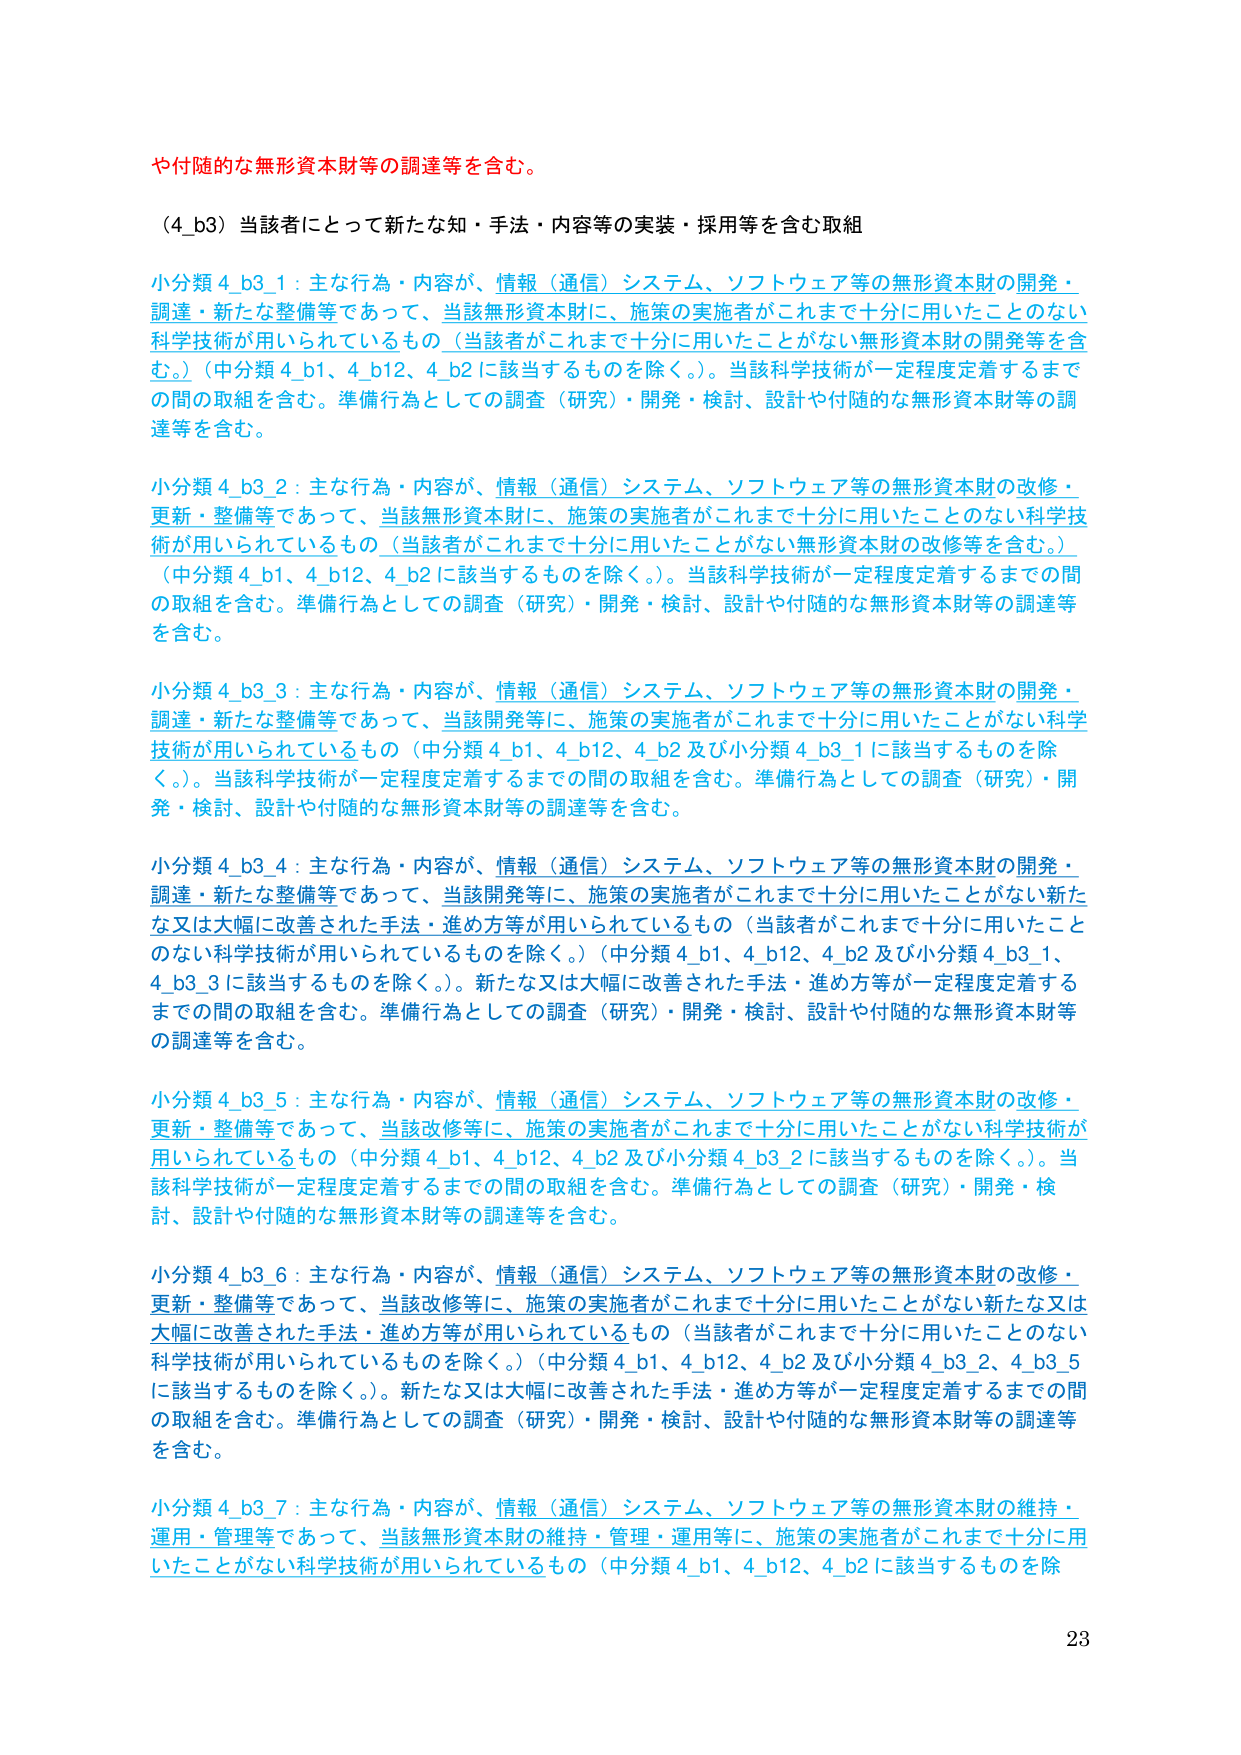
や付随的な無形資本財等の調達等を含む。

（4_b3）当該者にとって新たな知・手法・内容等の実装・採用等を含む取組

小分類 4_b3_1：主な行為・内容が、情報（通信）システム、ソフトウェア等の無形資本財の開発・調達・新たな整備等であって、当該無形資本財に、施策の実施者がこれまで十分に用いたことのない科学技術が用いられているもの（当該者がこれまで十分に用いたことがない無形資本財の開発等を含む。）（中分類 4_b1、4_b12、4_b2 に該当するものを除く。）。当該科学技術が一定程度定着するまでの間の取組を含む。準備行為としての調査（研究）・開発・検討、設計や付随的な無形資本財等の調達等を含む。

小分類 4_b3_2：主な行為・内容が、情報（通信）システム、ソフトウェア等の無形資本財の改修・更新・整備等であって、当該無形資本財に、施策の実施者がこれまで十分に用いたことのない科学技術が用いられているもの（当該者がこれまで十分に用いたことがない無形資本財の改修等を含む。）（中分類 4_b1、4_b12、4_b2 に該当するものを除く。）。当該科学技術が一定程度定着するまでの間の取組を含む。準備行為としての調査（研究）・開発・検討、設計や付随的な無形資本財等の調達等を含む。

小分類 4_b3_3：主な行為・内容が、情報（通信）システム、ソフトウェア等の無形資本財の開発・調達・新たな整備等であって、当該開発等に、施策の実施者がこれまで十分に用いたことがない科学技術が用いられているもの（中分類 4_b1、4_b12、4_b2 及び小分類 4_b3_1 に該当するものを除く。）。当該科学技術が一定程度定着するまでの間の取組を含む。準備行為としての調査（研究）・開発・検討、設計や付随的な無形資本財等の調達等を含む。

小分類 4_b3_4：主な行為・内容が、情報（通信）システム、ソフトウェア等の無形資本財の開発・調達・新たな整備等であって、当該開発等に、施策の実施者がこれまで十分に用いたことがない新たな又は大幅に改善された手法・進め方等が用いられているもの（当該者がこれまで十分に用いたことのない科学技術が用いられているものを除く。）（中分類 4_b1、4_b12、4_b2 及び小分類 4_b3_1、4_b3_3 に該当するものを除く。）。新たな又は大幅に改善された手法・進め方等が一定程度定着するまでの間の取組を含む。準備行為としての調査（研究）・開発・検討、設計や付随的な無形資本財等の調達等を含む。

小分類 4_b3_5：主な行為・内容が、情報（通信）システム、ソフトウェア等の無形資本財の改修・更新・整備等であって、当該改修等に、施策の実施者がこれまで十分に用いたことがない科学技術が用いられているもの（中分類 4_b1、4_b12、4_b2 及び小分類 4_b3_2 に該当するものを除く。）。当該科学技術が一定程度定着するまでの間の取組を含む。準備行為としての調査（研究）・開発・検討、設計や付随的な無形資本財等の調達等を含む。

小分類 4_b3_6：主な行為・内容が、情報（通信）システム、ソフトウェア等の無形資本財の改修・更新・整備等であって、当該改修等に、施策の実施者がこれまで十分に用いたことがない新たな又は大幅に改善された手法・進め方等が用いられているもの（当該者がこれまで十分に用いたことのない科学技術が用いられているものを除く。）（中分類 4_b1、4_b12、4_b2 及び小分類 4_b3_2、4_b3_5 に該当するものを除く。）。新たな又は大幅に改善された手法・進め方等が一定程度定着するまでの間の取組を含む。準備行為としての調査（研究）・開発・検討、設計や付随的な無形資本財等の調達等を含む。

小分類 4_b3_7：主な行為・内容が、情報（通信）システム、ソフトウェア等の無形資本財の維持・運用・管理等であって、当該無形資本財の維持・管理・運用等に、施策の実施者がこれまで十分に用いたことがない科学技術が用いられているもの（中分類 4_b1、4_b12、4_b2 に該当するものを除

23